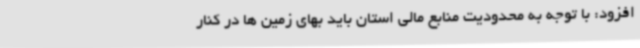
افزود: با توجه به محدودیت منابع مالی استان باید بهای زمین ها در کنار